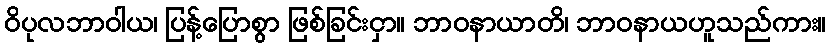
ဝိပုလဘာဝါယ၊ ပြန့်ပြောစွာ ဖြစ်ခြင်းငှာ။ ဘာဝနာယာတိ၊ ဘာဝနာယဟူသည်ကား။